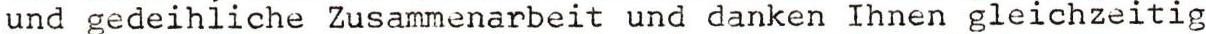
und gedeihiiche Zusammenarbeit und danken Ihnen gleichzeitig